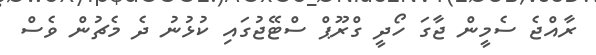
ރާއްޖެ ސެމީން ޖާގަ ހޯދީ ގްރޫޕް ސްޓޭޖުގައި ކުޅުނު ދެ މެޗުން ވެސް